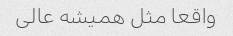
واقعا مثل همیشه عالی